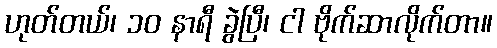
ဟုတ်တယ်၊ ၁၀ နာရီ ခွဲပြီ၊ ငါ ဗိုက်ဆာလိုက်တာ။